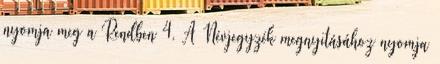
nyomja meg a Rendben 4. A Névjegyzék megnyitásához nyomja